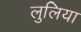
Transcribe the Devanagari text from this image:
लुलिया